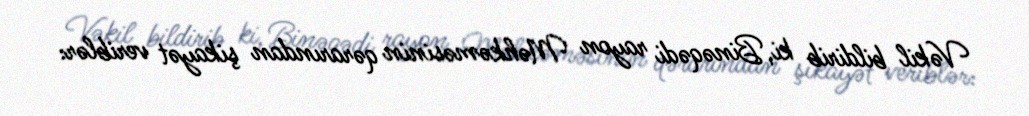
Vəkil bildirib ki, Binəqədi rayon Məhkəməsinin qərarından şikayət veriblər: